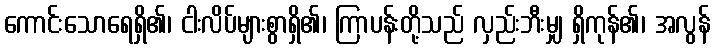
ကောင်းသောရေရှိ၏၊ ငါးလိပ်များစွာရှိ၏၊ ကြာပန်းတို့သည် လှည်းဘီးမျှ ရှိကုန်၏၊ အလွန်